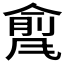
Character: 𲋇